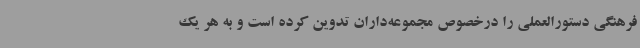
فرهنگی دستورالعملی را درخصوص مجموعه‌داران تدوین کرده است و به هر یک